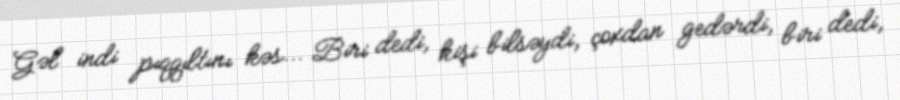
Gəl indi pıqqıltını kəs... Biri dedi, kişi bilsəydi, çoxdan gedərdi, biri dedi,